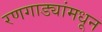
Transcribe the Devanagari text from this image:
रणगाड्यांमधून